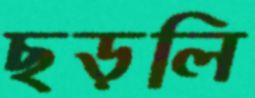
ছড়লি